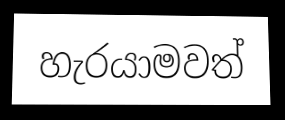
හැරයාමවත්